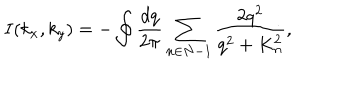
LaTeX: I ( k _ { x } , k _ { y } ) = - \oint \frac { d q } { 2 \pi } \sum _ { n \in N - 1 } \frac { 2 q ^ { 2 } } { q ^ { 2 } + K _ { n } ^ { 2 } } ,